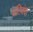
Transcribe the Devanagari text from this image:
प्रतिबंधां